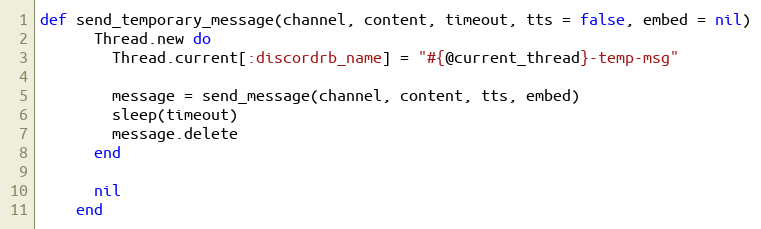
Language: Ruby
def send_temporary_message(channel, content, timeout, tts = false, embed = nil)
      Thread.new do
        Thread.current[:discordrb_name] = "#{@current_thread}-temp-msg"

        message = send_message(channel, content, tts, embed)
        sleep(timeout)
        message.delete
      end

      nil
    end